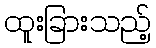
ထူးခြားသည့်